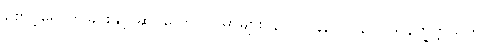
စောင့်ရှောက်ခြင်းနှင့် ဆိုင်သော ဥပမာများ၊ ၃-ပါ-၄၃၊ ဋ္ဌ-၃၇၊ သုနက္ခတ္တသုတ်။